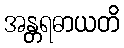
အန္တရဓာယတိ